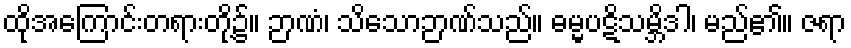
ထိုအကြောင်းတရားတို့၌။ ဉာဏံ၊ သိသောဉာဏ်သည်။ ဓမ္မပဋိသမ္ဘိဒါ၊ မည်၏။ ဇရာ